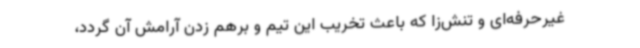
غیرحرفه‌ای و تنش‌زا که باعث تخریب این تیم و برهم زدن آرامش آن گردد،